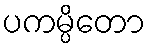
ပကမ္ပိတော